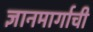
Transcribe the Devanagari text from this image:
ज्ञानमार्गाची